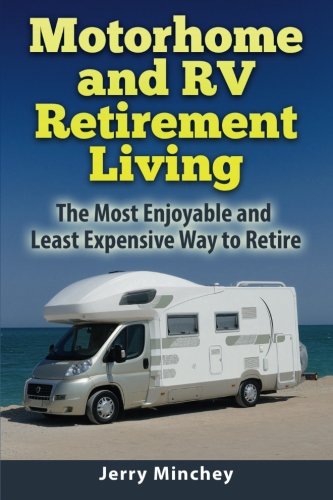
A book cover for Motorhome and RV Retirement Living: The Most Enjoyable and Least ExpensiveWay to Retire; Jerry Minchey; Travel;